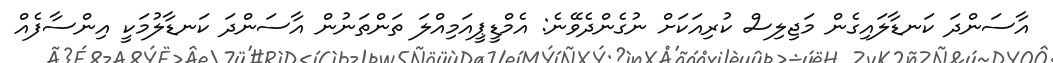
އާސަންދަ ކަނޑާލައިގެން މަޖިލިސް ކުރިއަކަށް ނުގެންދެވޭނެ: އެމްޑީޕީއަމިއްލަ ތަންތަނުން އާސަންދަ ކަނޑާލުމަކީ އިންސާފެއް